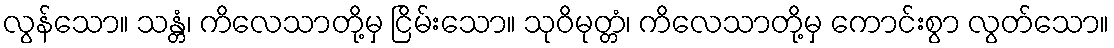
လွန်သော။ သန္တံ၊ ကိလေသာတို့မှ ငြိမ်းသော။ သုဝိမုတ္တံ၊ ကိလေသာတို့မှ ကောင်းစွာ လွတ်သော။